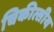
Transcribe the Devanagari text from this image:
चिकीत्सीय